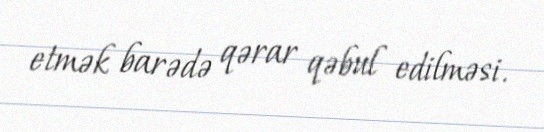
etmək barədə qərar qəbul edilməsi.